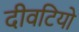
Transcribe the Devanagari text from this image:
दीवटियो